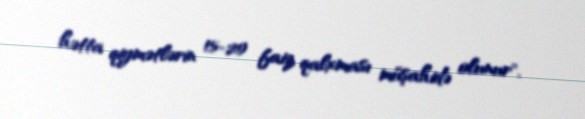
hətta qiymətlərin 15-20 faiz qalxması müşahidə olunur".